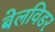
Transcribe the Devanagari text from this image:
बेलविडर